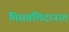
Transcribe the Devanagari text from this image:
मिसबलिदानात